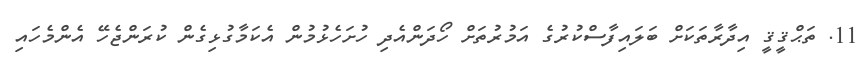
11. ތަޙްޤީޤީ އިދާރާތަކަށް ބަލައިފާސްކުރުގެ އަމުރުތަށް ހޯދަންއެދި ހުށަހެޅުމުން އެކަމާގުޅިގެން ކުރަންޖެހޭ އެންމެހައި